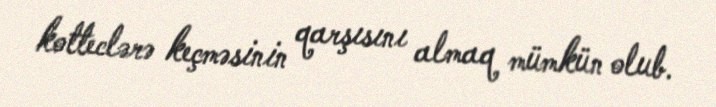
kotteclərə keçməsinin qarşısını almaq mümkün olub.